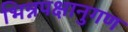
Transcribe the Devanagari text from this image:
भिन्नपक्षानुगण